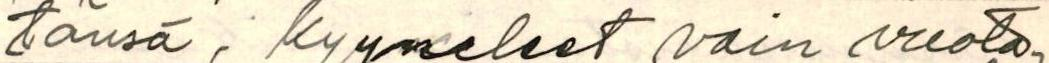
tänsä, kyyneleet vain vuota-